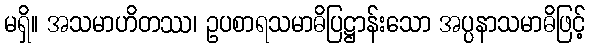
မရှိ။ အသမာဟိတဿ၊ ဥပစာရသမာဓိပြဋ္ဌာန်းသော အပ္ပနာသမာဓိဖြင့်